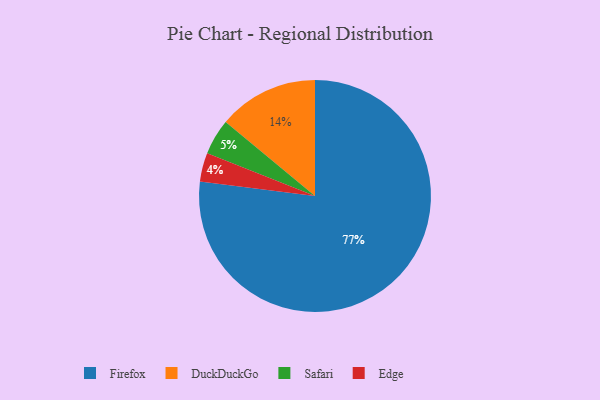
{"axis": {"x": "Category", "y": "Percentage"}, "legend": ["DuckDuckGo", "Edge", "Firefox", "Safari"], "data": [{"x": "Edge", "y": 4, "type": "Edge"}, {"x": "Firefox", "y": 77, "type": "Firefox"}, {"x": "Safari", "y": 5, "type": "Safari"}, {"x": "DuckDuckGo", "y": 14, "type": "DuckDuckGo"}]}